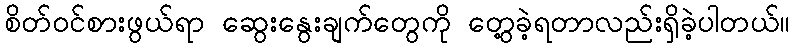
စိတ်ဝင်စားဖွယ်ရာ ဆွေးနွေးချက်တွေကို တွေ့ခဲ့ရတာလည်းရှိခဲ့ပါတယ်။